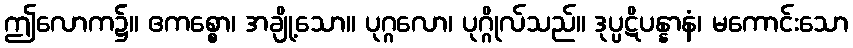
ဤလောက၌။ ဧကစ္စော၊ အချို့သော။ ပုဂ္ဂလော၊ ပုဂ္ဂိုလ်သည်။ ဒုပ္ပဋိပန္နာနံ၊ မကောင်းသော